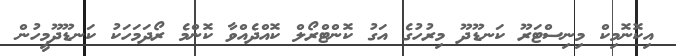
އިކޮނޮމިކް މިނިސްޓަރޫ ކަނޑޫދޫ މިރުހުގެ އަގު ކޮންޓްރޯލް ކޮއްދެއްވާ ކޮންމެ ރޯދަމަހަކު ކަނޑޫދޫމީހުން